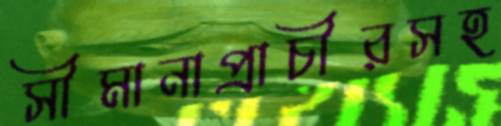
সীমানাপ্রাচীরসহ